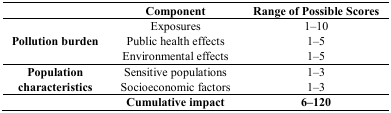
<table><thead><tr><td></td><td><b>Component</b></td><td><b>Range of Possible Scores</b></td></tr></thead><tbody><tr><td rowspan="3"><b>Pollution burden</b></td><td>Exposures</td><td>1–10</td></tr><tr><td>Public health effects</td><td>1–5</td></tr><tr><td>Environmental effects</td><td>1–5</td></tr><tr><td rowspan="2"><b>Population characteristics</b></td><td>Sensitive populations</td><td>1–3</td></tr><tr><td>Socioeconomic factors</td><td>1–3</td></tr><tr><td></td><td><b>Cumulative impact</b></td><td><b>6–120</b></td></tr></tbody></table>